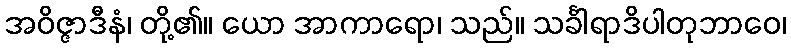
အဝိဇ္ဇာဒီနံ၊ တို့၏။ ယော အာကာရော၊ သည်။ သင်္ခါရာဒိပါတုဘာဝေ၊